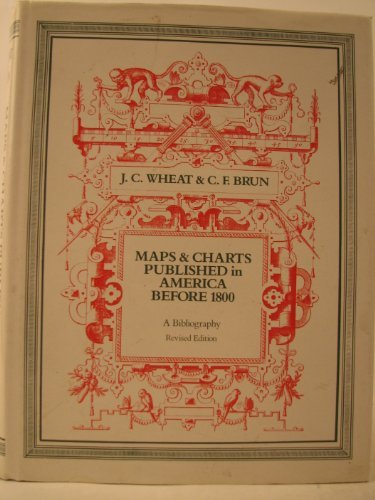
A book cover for Maps and Charts Published in America Before 1800: A Bibliography (Holland Press cartographica ; 3); James C. Wheat; Travel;